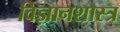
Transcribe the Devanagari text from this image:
विज्ञानशास्त्र